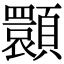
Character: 𩕪